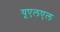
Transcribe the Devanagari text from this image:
यूएलएल